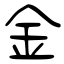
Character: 金